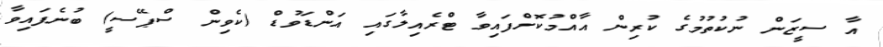
އާ ސީޒަން ނުކުތުމުގެ ކުރިން އާއްމުކޮށްފައިވާ ޓްރެއިލާގައި އަންޑަވުޑް (ކެވިން ސްޕޭސީ) ބުނެފައިވާ